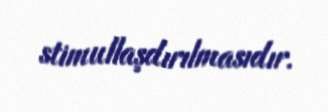
stimullaşdırılmasıdır.